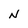
Character: N